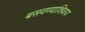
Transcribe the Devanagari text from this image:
बसवण्याशिवाय